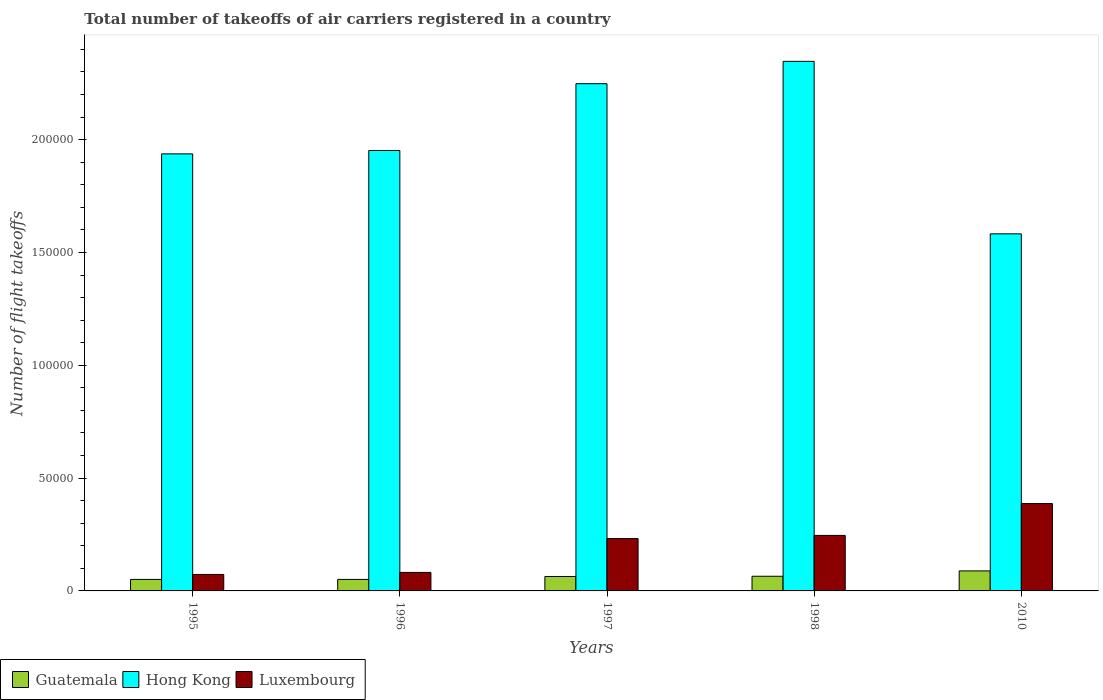
| Years | Guatemala | Hong Kong | Luxembourg |
 | --- | --- | --- | --- |
 | 1995 | 5.1e+03 | 1.94e+05 | 7.3e+03 |
 | 1996 | 5.1e+03 | 1.95e+05 | 8.2e+03 |
 | 1997 | 6.4e+03 | 2.25e+05 | 2.32e+04 |
 | 1998 | 6.5e+03 | 2.35e+05 | 2.46e+04 |
 | 2010 | 8.88e+03 | 1.58e+05 | 3.87e+04 |